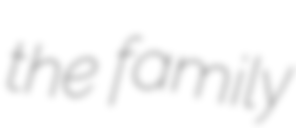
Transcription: the family